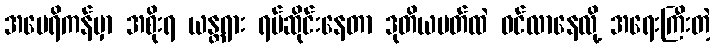
အမေရိကန်မှာ အစိုးရ ယန္တရား ရပ်ဆိုင်းနေတာ ဒုတိယပတ်ထဲ ဝင်လာနေလို့ အရေးကြီးတဲ့